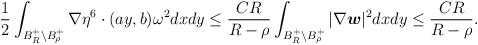
LaTeX: \begin{align*}\begin{aligned}\frac12\int_{B_{R}^{+}\backslash B_{\rho}^{+}}\nabla\eta^{6}\cdot (ay,b)\omega^{2}dxdy\leq \frac{CR}{R-\rho}\int_{B_{R}^{+} \backslash B_{\rho}^{+}}|\nabla\boldsymbol{w}|^{2}dxdy\leq \frac{CR}{R-\rho}.\end{aligned}\end{align*}